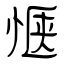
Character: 惬